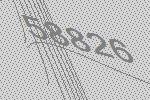
58826